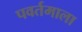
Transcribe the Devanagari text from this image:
पवर्तमाला